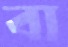
বা